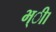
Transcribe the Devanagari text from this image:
भ्ीा